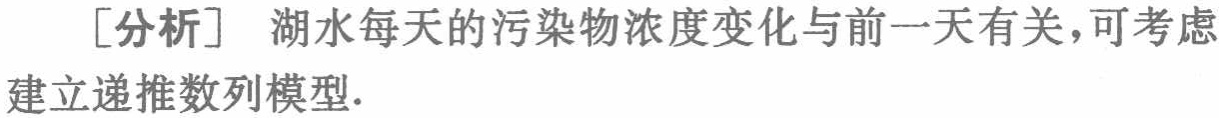
[分析] 湖水每天的污染物浓度变化与前一天有关，可考虑建立递推数列模型.